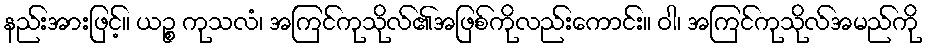
နည်းအားဖြင့်။ ယဉ္စ ကုသလံ၊ အကြင်ကုသိုလ်၏အဖြစ်ကိုလည်းကောင်း။ ဝါ၊ အကြင်ကုသိုလ်အမည်ကို